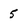
Character: 5